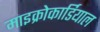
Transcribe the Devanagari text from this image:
माइक्रोकार्डियाल